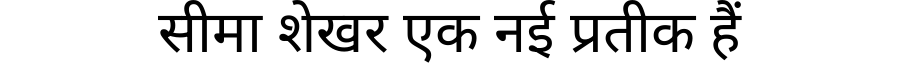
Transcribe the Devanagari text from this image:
सीमा शेखर एक नई प्रतीक हैं